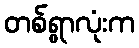
တစ်ရွာလုံးက